system: You are a helpful assistant.
user:
Analyze the provided spectrum to determine if it is a **"Cataclysmic Variables (CV)"**.

- **Key Indicators for CV (Check for either state):**
    - **State 1: Quiescent / Low-State (Emission-Dominated)**
        - **(Primary):** Strong and *very broad* Hydrogen Balmer emission lines (e.g., $H\alpha$ at 6563 Å, $H\beta$ at 4861 Å). The 'broadness' (high velocity dispersion, often FWHM > 1000 km/s) is the key diagnostic, indicating a high-velocity accretion disk.
        - **(Secondary):** Broad neutral Helium (He I) emission lines (e.g., 5876 Å, 6678 Å).
        - **(Key Confirmation):** Presence of high-excitation *ionized* Helium (He II) emission at 4686 Å. This is a strong indicator of accretion onto a white dwarf.
        - **(Line Profile):** Emission lines may exhibit a 'double-peaked' profile, which is a classic signature of a rotating accretion disk viewed at high inclination.

    - **State 2: Outburst / High-State (Absorption-Dominated)**
        - **(Primary):** Spectrum is dominated by a bright, blue continuum (looks like a hot star).
        - **(Secondary):** The emission lines from State 1 are weak, absent, or 'filled in', and are replaced by broad, shallow *absorption* lines (primarily Balmer and He I).
        - **(Morphology):** The overall spectrum mimics a hot B/A-type star. The crucial difference is that the absorption lines are significantly broader, shallower, and more 'washed-out' (or 'smeared') than the sharp lines of a normal stellar photosphere, due to high rotational speeds and pressure broadening in the disk.

Think first, call **spectral_visualization_tool** if needed to examine features in detail, then provide your final answer. Your response must adhere to the following strict rules:
1.  **Overall Structure:** Your response must follow the format `<think>...</think> <tool_call>...</tool_call> (if a tool is used) <answer>...</answer>`.
2.  **Tool Usage Constraint:** You may only make **one** tool call per turn.
3.  **Final Answer Format:** In the `<answer>` tag, your conclusion must be inside a `\boxed{}` command (e.g., `\boxed{YES}`), followed by your justification.

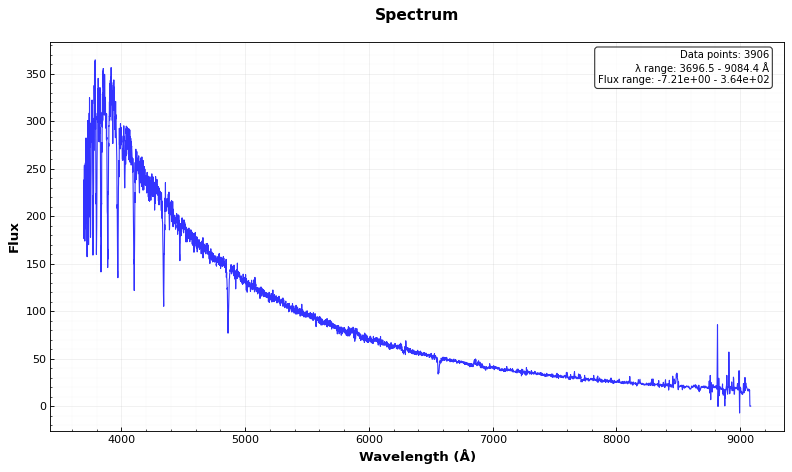
Answer: NO